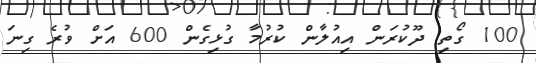
100 ގޯތި ދޫކުރަން އިއުލާން ކުރުމާ ގުޅިގެން 600 އަށް ވުރެ ގިނަ